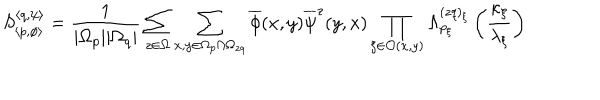
LaTeX: S _ { \left\langle p , \phi \right\rangle } ^ { \left\langle q , \psi \right\rangle } = \frac { 1 } { | \Omega _ { p } | | \Omega _ { q } | } \sum _ { z \in \Omega } \sum _ { x , y \in \Omega _ { p } \cap \Omega _ { z q } } \overline { { { \phi } } } ( x , y ) \overline { { { \psi } } } ^ { z } ( y , x ) \prod _ { \xi \in \mathcal { O } ( x , y ) } \Lambda _ { p _ { \xi } } ^ { ( z q ) _ { \xi } } \left( \frac { \kappa _ { \xi } } { \lambda _ { \xi } } \right)